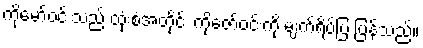
ကိုမော်ဝင်းသည် ထုံးစံအတိုင်း ကိုဇော်ဝင်းကို မျက်ရိပ်ပြ ပြန်သည်။